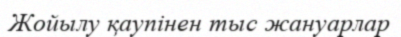
Жойылу қаупінен тыс жануарлар